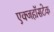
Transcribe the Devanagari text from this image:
एक्जहॉसटेक